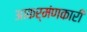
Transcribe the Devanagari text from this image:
आकर्मंणकारी